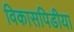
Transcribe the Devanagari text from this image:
विकासपिडीया